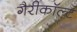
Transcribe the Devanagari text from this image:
गैरीकॉल्ट